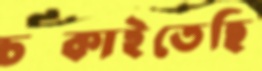
চম্‌কাইতেছি